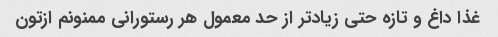
غذا داغ و تازه حتی زیاد‌تر از حد معمول هر رستورانی ممنونم ازتون